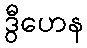
ဒွီဟေန